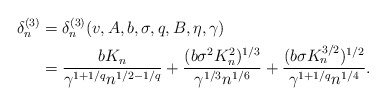
\begin{align*}\delta_{n}^{(3)} &= \delta_{n}^{(3)}(v,A,b,\sigma,q,B,\eta,\gamma) \\& = \frac{b K_n}{\gamma^{1 + 1/q}n^{1/2-1/q}} + \frac{(b\sigma^2 K_n^{2})^{1/3}}{\gamma^{1/3} n^{1/6}} + \frac{(b \sigma K_n^{3/2})^{1/2}}{\gamma^{1 + 1/q}n^{1/4}}. \end{align*}